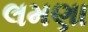
લમણા